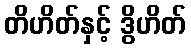
တိဟိတ်နှင့် ဒွိဟိတ်